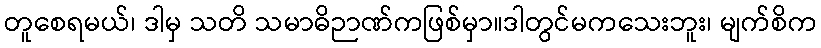
တူစေရမယ်၊ ဒါမှ သတိ သမာဓိဉာဏ်ကဖြစ်မှာ။ဒါတွင်မကသေးဘူး၊ မျက်စိက